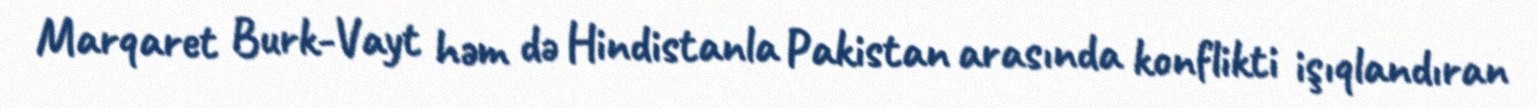
Marqaret Burk-Vayt həm də Hindistanla Pakistan arasında konflikti işıqlandıran